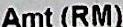
AMT(RM)